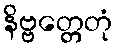
နိဗ္ဗတ္တေတုံ